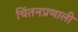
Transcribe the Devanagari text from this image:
चिंतनप्रणाली